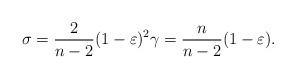
LaTeX: \begin{align*}\sigma=\frac{2}{n-2}(1-\varepsilon)^2 \gamma=\frac{n}{n-2}(1-\varepsilon).\end{align*}